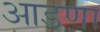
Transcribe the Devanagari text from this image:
आडणा